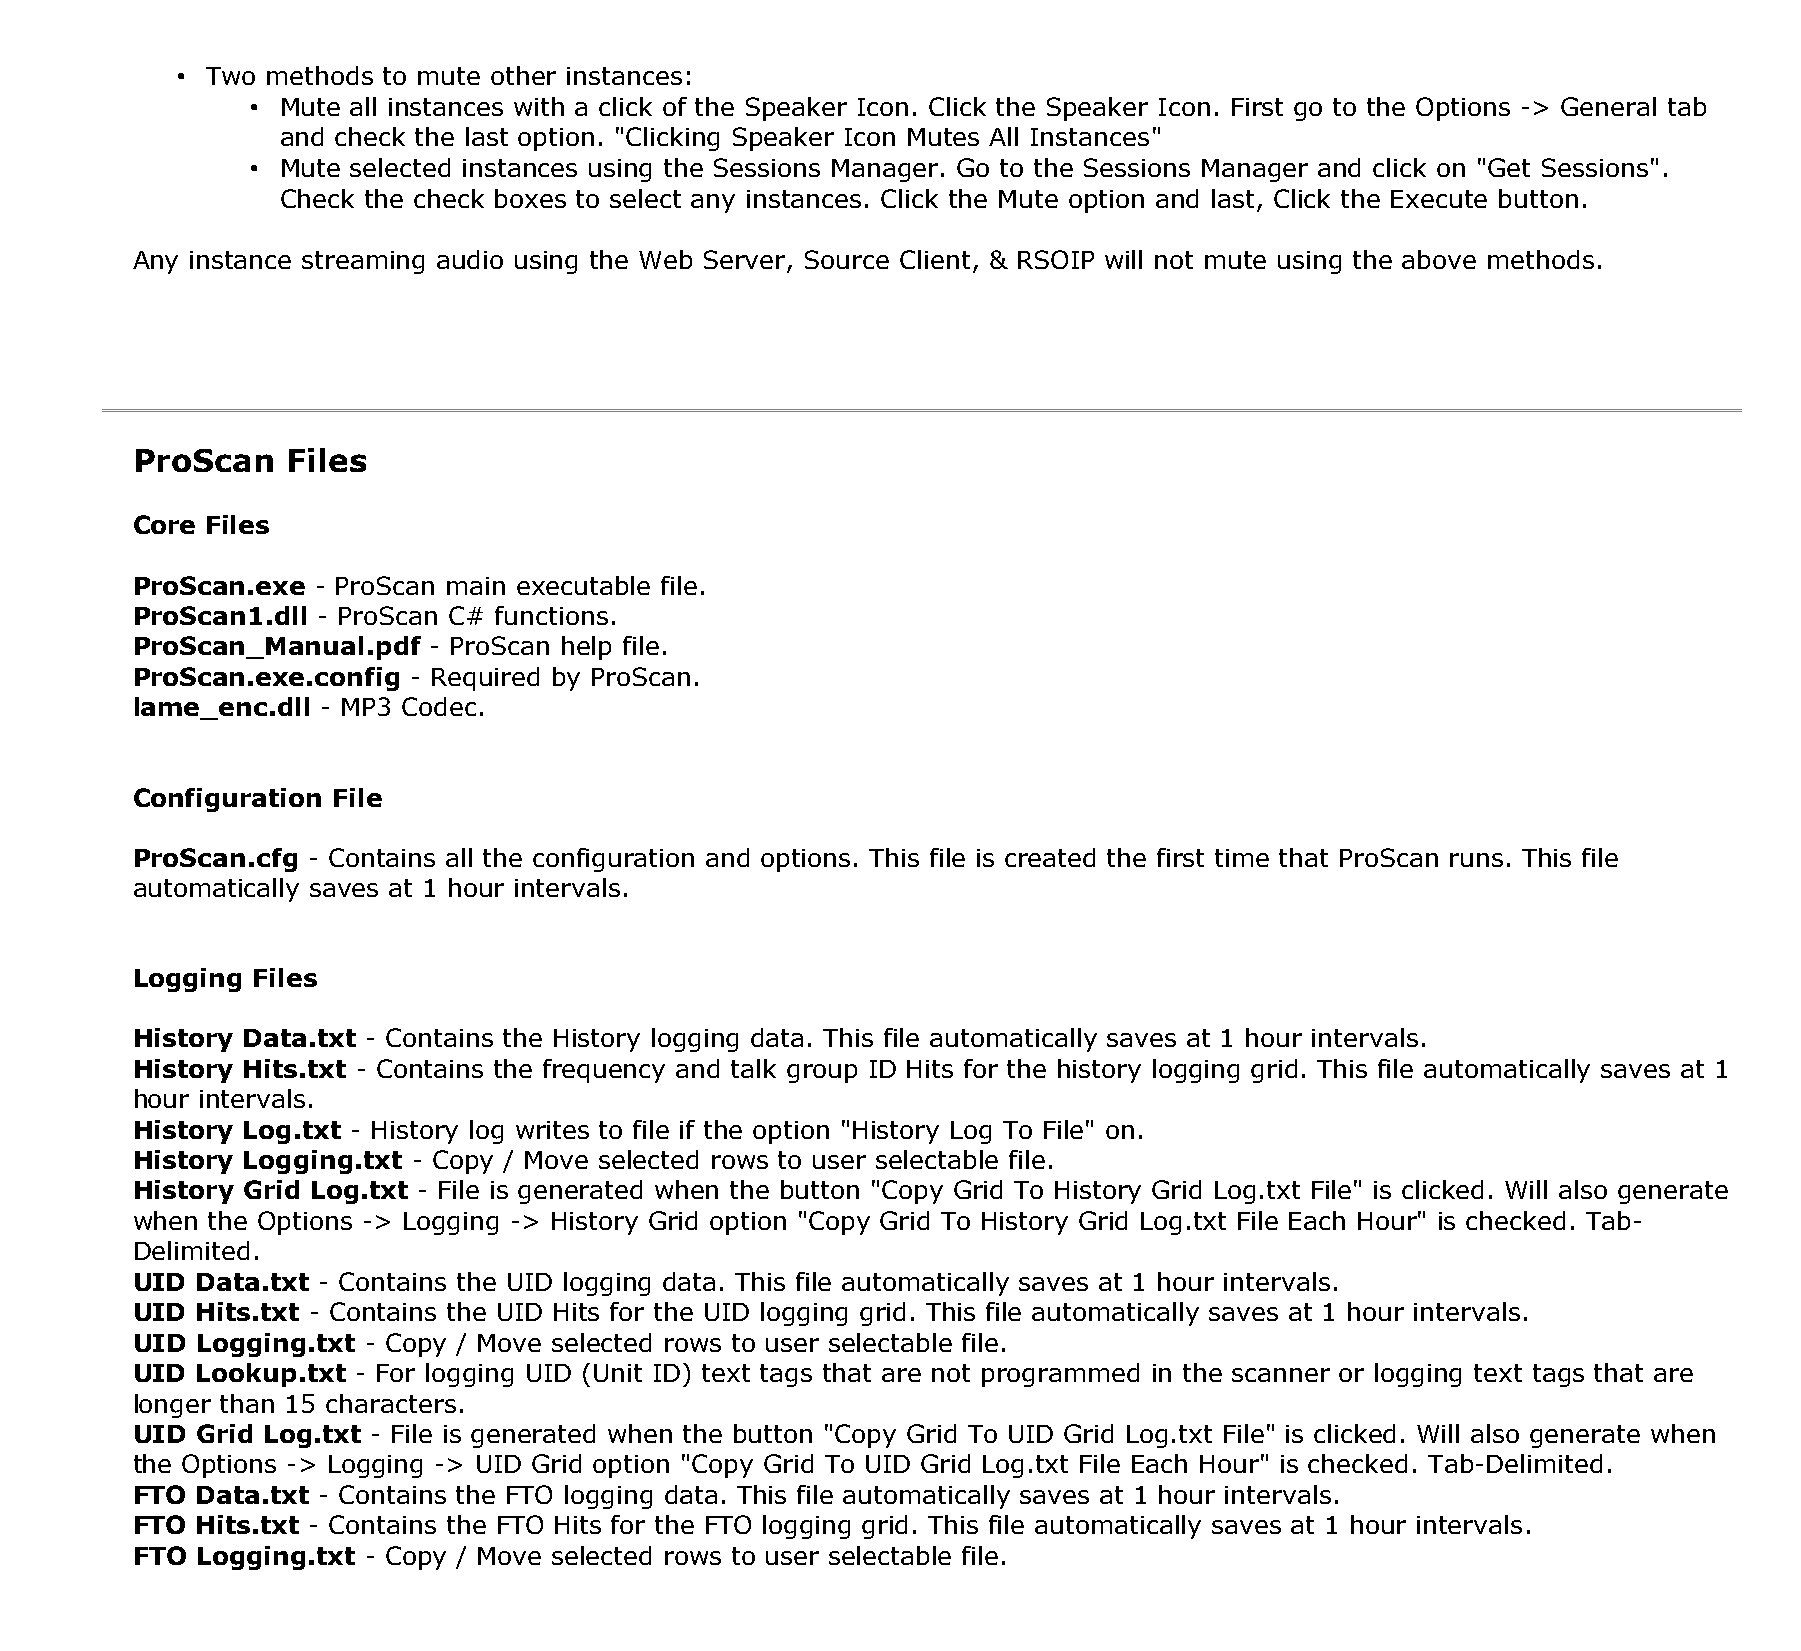
• Two methods to mute other instances:
 • Mute all instances with a click of the Speaker Icon. Click the Speaker Icon. First go to the Options -> General tab
 and check the last option. "Clicking Speaker Icon Mutes All Instances"
 • Mute selected instances using the Sessions Manager. Go to the Sessions Manager and click on "Get Sessions".
 Check the check boxes to select any instances. Click the Mute option and last, Click the Execute button.
 Any instance streaming audio using the Web Server, Source Client, & RSOIP will not mute using the above methods.
 ProScan   Files
 Core Files
 ProScan.exe - ProScan main executable file.
 ProScan1.dll - ProScan C# functions.
 ProScan_Manual.pdf - ProScan help file.
 ProScan.exe.config - Required by ProScan.
 lame_enc.dll - MP3 Codec.
 Configuration File
 ProScan.cfg - Contains all the configuration and options. This file is created the first time that ProScan runs. This file
 automatically saves at 1 hour intervals.
 Logging Files
 History Data.txt - Contains the History logging data. This file automatically saves at 1 hour intervals.
 History Hits.txt - Contains the frequency and talk group ID Hits for the history logging grid. This file automatically saves at 1
 hour intervals.
 History Log.txt - History log writes to file if the option "History Log To File" on.
 History Logging.txt - Copy / Move selected rows to user selectable file.
 History Grid Log.txt - File is generated when the button "Copy Grid To History Grid Log.txt File" is clicked. Will also generate
 when the Options -> Logging -> History Grid option "Copy Grid To History Grid Log.txt File Each Hour" is checked. Tab-
 Delimited.
 UID Data.txt - Contains the UID logging data. This file automatically saves at 1 hour intervals.
 UID Hits.txt - Contains the UID Hits for the UID logging grid. This file automatically saves at 1 hour intervals.
 UID Logging.txt - Copy / Move selected rows to user selectable file.
 UID Lookup.txt - For logging UID (Unit ID) text tags that are not programmed in the scanner or logging text tags that are
 longer than 15 characters.
 UID Grid Log.txt - File is generated when the button "Copy Grid To UID Grid Log.txt File" is clicked. Will also generate when
 the Options -> Logging -> UID Grid option "Copy Grid To UID Grid Log.txt File Each Hour" is checked. Tab-Delimited.
 FTO Data.txt - Contains the FTO logging data. This file automatically saves at 1 hour intervals.
 FTO Hits.txt - Contains the FTO Hits for the FTO logging grid. This file automatically saves at 1 hour intervals.
 FTO Logging.txt - Copy / Move selected rows to user selectable file.